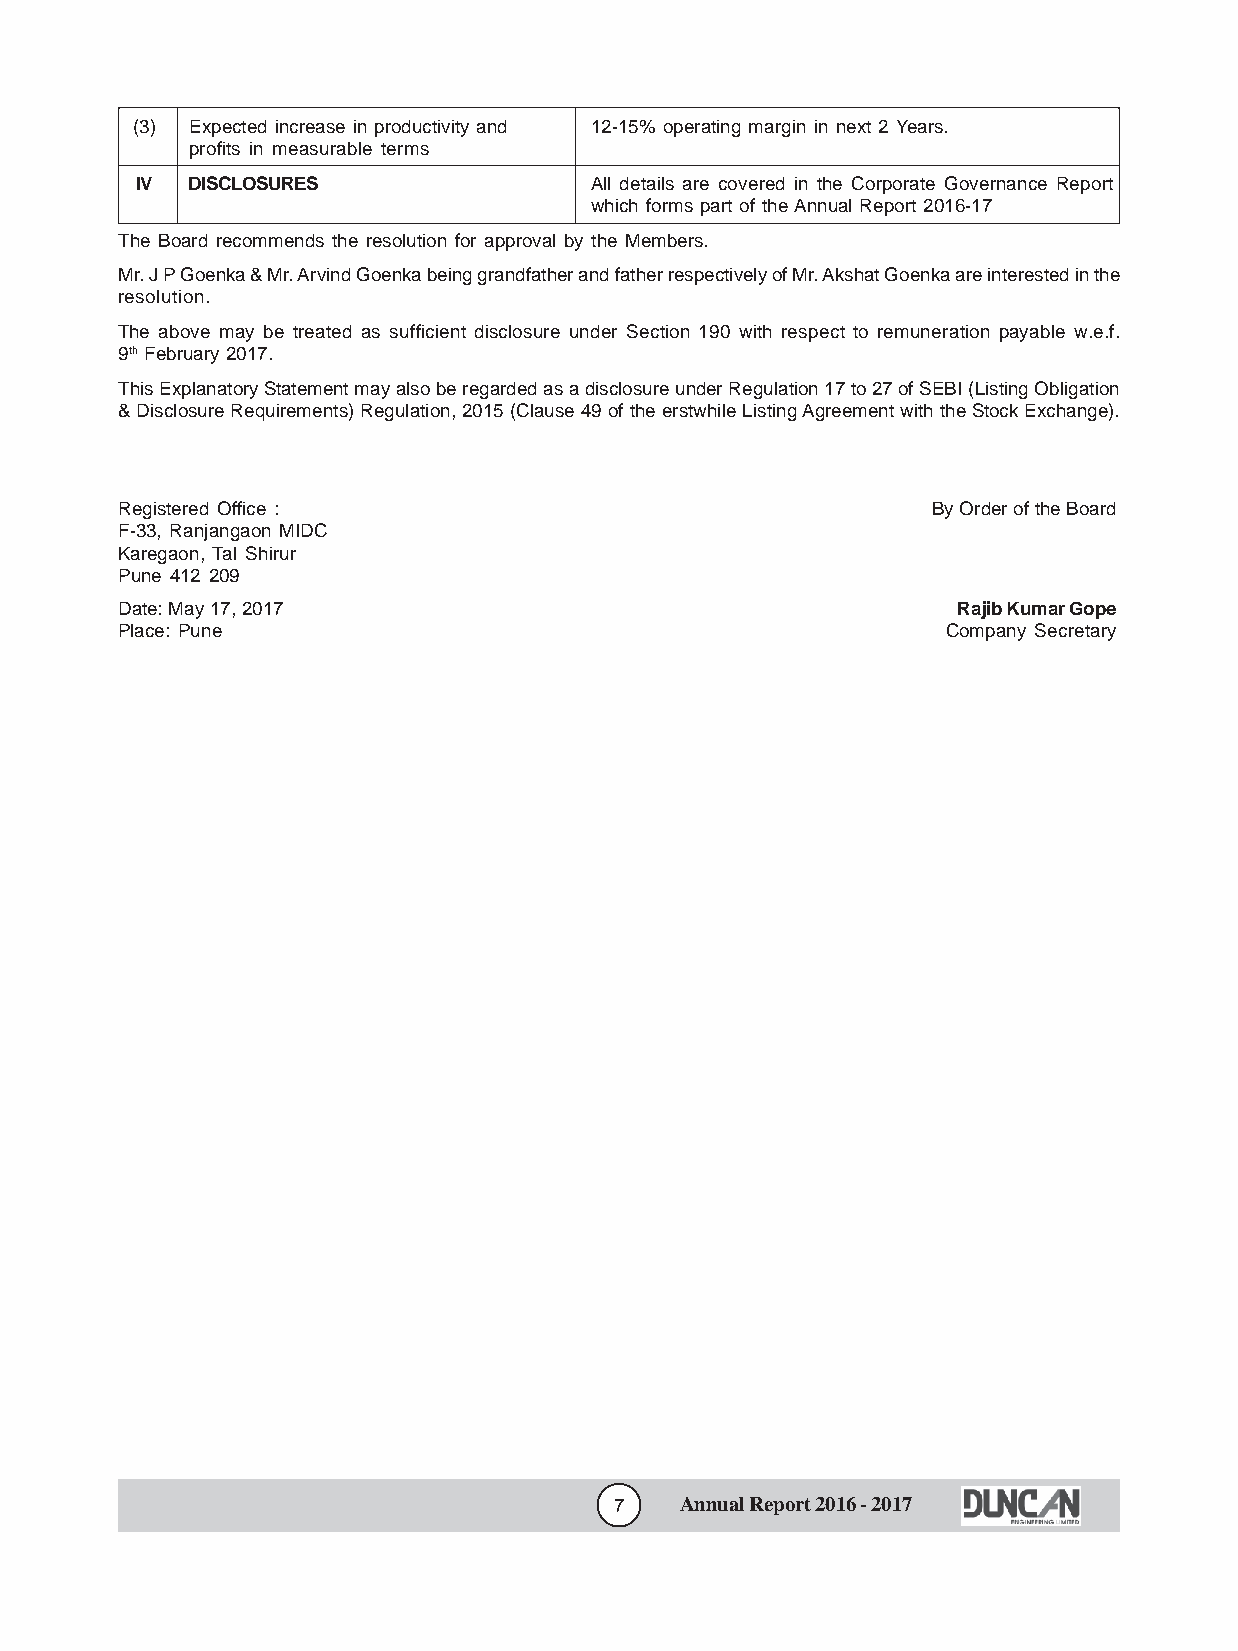
(3) Expected increase in productivity and 12-15% operating margin in next 2 Years.
 profits in measurable terms
 IV  DISCLOSURES               All details are covered in the Corporate Governance Report
 which forms part of the Annual Report 2016-17
 The Board recommends the resolution for approval by the Members.
 Mr. J P Goenka & Mr. Arvind Goenka being grandfather and father respectively of Mr. Akshat Goenka are interested in the
 resolution.
 The above may be treated as sufficient disclosure under Section 190 with respect to remuneration payable w.e.f.
 9th February 2017.
 This Explanatory Statement may also be regarded as a disclosure under Regulation 17 to 27 of SEBI (Listing Obligation
 & Disclosure Requirements) Regulation, 2015 (Clause 49 of the erstwhile Listing Agreement with the Stock Exchange).
 Registered Office :                                   By Order of the Board
 F-33, Ranjangaon MIDC
 Karegaon, Tal Shirur
 Pune 412 209
 Date: May 17, 2017                                     Rajib Kumar Gope
 Place: Pune                                            Company Secretary
 7   Annual Report 2016 - 2017